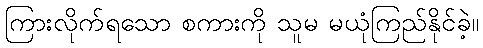
ကြားလိုက်ရသော စကားကို သူမ မယုံကြည်နိုင်ခဲ့။